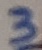
Text: 3